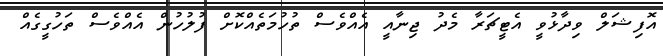
އޮފިޝަލް ވިދާޅުވީ އެޓީޗަރާ މެދު ޖިނާއީ އެއްވެސް ތުހުމަތެއްކޮށް ފުލުހުން އެއްވެސް ތަހުގީގެއް